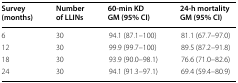
<table><thead><tr><td><b>Survey (months)</b></td><td><b>Number of LLINs</b></td><td><b>60-min KDGM (95% CI)</b></td><td><b>24-h mortalityGM (95% CI)</b></td></tr></thead><tbody><tr><td>6</td><td>30</td><td>94.1 (87.1–100)</td><td>81.1 (67.7–97.0)</td></tr><tr><td>12</td><td>30</td><td>99.9 (99.7–100)</td><td>89.5 (87.2–91.8)</td></tr><tr><td>18</td><td>30</td><td>93.9 (90.0–98.1)</td><td>76.6 (71.0–82.6)</td></tr><tr><td>24</td><td>30</td><td>94.1 (91.3–97.1)</td><td>69.4 (59.4–80.9)</td></tr></tbody></table>